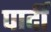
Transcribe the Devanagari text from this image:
पार्दी